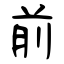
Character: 前